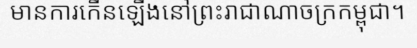
មានការកើនឡើងនៅព្រះរាជាណាចក្រកម្ពុជា។